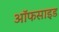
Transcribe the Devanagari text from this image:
ऑफसाइड